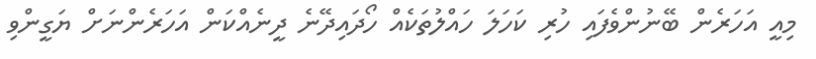
މިއީ އަހަރެން ބޭނުންވެފައި ހުރި ކަހަލަ ހައްލުތަކެއް ހޯދައިދޭނެ ދީނެއްކަން އަހަރެންނަށް ޔަގީންވި